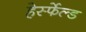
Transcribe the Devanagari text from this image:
हेर्स्फेल्ड